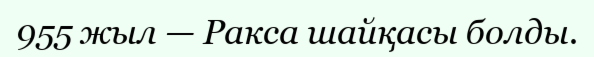
955 жыл — Ракса шайқасы болды.